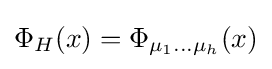
\Phi _{H}(x)=\Phi _{\mu _{1}\dots \mu _{h}}(x)